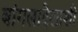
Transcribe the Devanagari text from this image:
बांगलादेशाशी